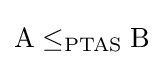
{\text{A}}\leq _{\text{PTAS}}{\text{B}}